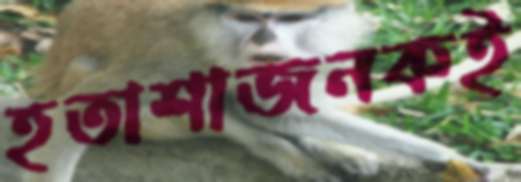
হতাশাজনকই